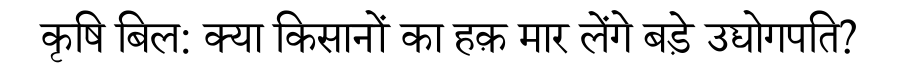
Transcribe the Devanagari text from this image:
कृषि बिल: क्या किसानों का हक़ मार लेंगे बड़े उद्योगपति?